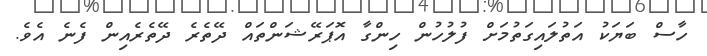
ހާސް ބަޔަކު އަތުލައިގަތުމަށް ފުލުހުން ހިންގާ އޮޕަރޭޝަންތައް ދޭތެރެ ދޭތެރެއިން ފެނެ އެވެ.